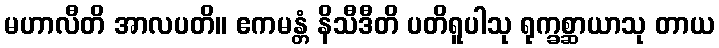
မဟာလီတိ အာလပတိ။ ဧကမန္တံ နိသီဒီတိ ပတိရူပါသု ရုက္ခစ္ဆာယာသု တာယ